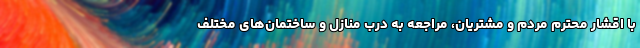
با اقشار محترم مردم و مشتریان، مراجعه به درب منازل و ساختمان‌های مختلف